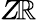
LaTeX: Z\! \mathbb{R}